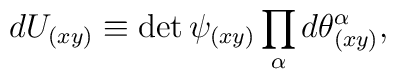
dU_{(xy)} \equiv \det\psi_{(xy)} \prod_\alpha d\theta_{(xy)}^\alpha ,